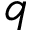
q